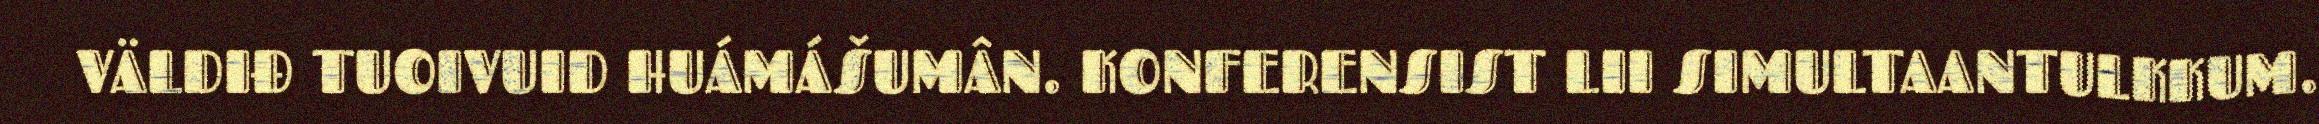
VÄLDIĐ TUOIVUID HUÁMÁŠUMÂN. KONFERENSIST LII SIMULTAANTULKKUM.